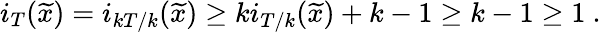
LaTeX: i_{T}(\widetilde{x})=i_{kT/k}(\widetilde{x})\ge ki_{T/k}(\widetilde{x})+k-1\ge k-1\ge 1\ .